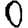
Digit: 0